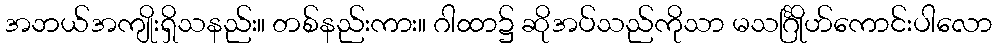
အဘယ်အကျိုးရှိသနည်း။ တစ်နည်းကား။ ဂါထာ၌ ဆိုအပ်သည်ကိုသာ မသင်္ဂြိုဟ်ကောင်းပါလော